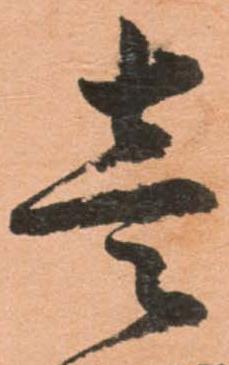
壱